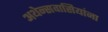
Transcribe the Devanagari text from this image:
अथेन्सवासियांना